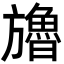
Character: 𣄤